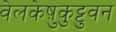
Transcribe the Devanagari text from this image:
वेलकेष़ुकुट्टुवन